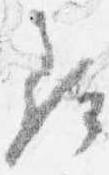
尋